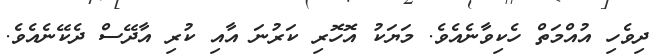
ދިވެހި އުއްމަތް ހެކިވާނެއެވެ. މަޔަކު އޮހޮރި ކަރުނަ އާއި ކުރި އާދޭސް ދެކޭނެއެވެ.